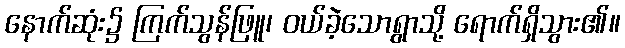
နောက်ဆုံး၌ ကြက်သွန်ဖြူ၊ ဝယ်ခဲ့သောရွာသို့ ရောက်ရှိသွား၏။